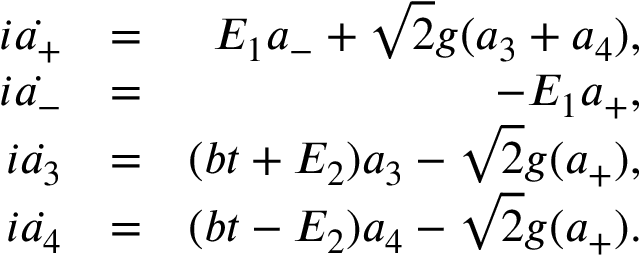
\begin{array} { r l r } { i \dot { a _ { + } } } & { = } & { E _ { 1 } a _ { - } + \sqrt { 2 } g ( a _ { 3 } + a _ { 4 } ) , } \\ { i \dot { a _ { - } } } & { = } & { - E _ { 1 } a _ { + } , } \\ { i \dot { a _ { 3 } } } & { = } & { ( b t + E _ { 2 } ) a _ { 3 } - \sqrt { 2 } g ( a _ { + } ) , } \\ { i \dot { a _ { 4 } } } & { = } & { ( b t - E _ { 2 } ) a _ { 4 } - \sqrt { 2 } g ( a _ { + } ) . } \end{array}